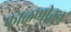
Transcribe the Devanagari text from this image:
फाळणीतुन